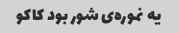
یه نموره‌ی شور بود کاکو